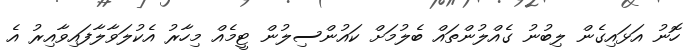
ހޮނު އަޅައިގެން ލިބުނު ގެއްލުންތައް ބެލުމަށް ކައުންސިލުން ޓީމެއް މިހާރު އެކުލަވާލާފައިވާއިރު އެ